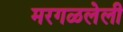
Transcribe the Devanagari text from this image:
मरगळलेली